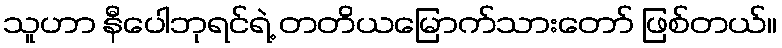
သူဟာ နီပေါဘုရင်ရဲ့ တတိယမြောက်သားတော် ဖြစ်တယ်။